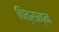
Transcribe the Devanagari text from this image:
चित्रान्न